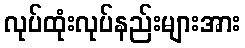
လုပ်ထုံးလုပ်နည်းများအား